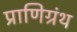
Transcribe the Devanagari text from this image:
प्राणिग्रंथ